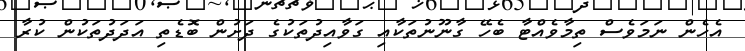
އެހެން ނަމަވެސް ތިމާވެއްޓާ ބެހޭ ގާނޫނުތަކާއި ގަވާއިދުތަކުގެ ދަށުން ބޮޑެތި އަދަދުތަކުން ކުރާ